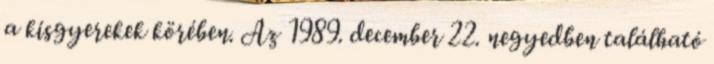
a kisgyerekek körében. Az 1989. december 22. negyedben található